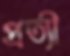
প্রত্যী